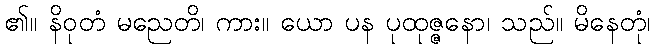
၏။ နိဝုတံ မညေတိ၊ ကား။ ယော ပန ပုထုဇ္ဇနော၊ သည်။ မိနေတုံ၊